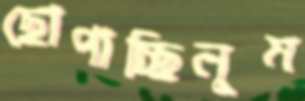
ছোপাচ্ছিলুম